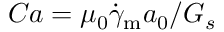
C a = \mu _ { 0 } \dot { \gamma } _ { \mathrm { m } } a _ { 0 } / G _ { s }